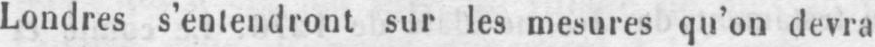
Londres s’entendront sur les mesures qu’on devra